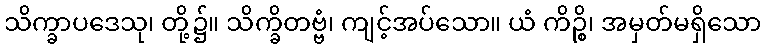
သိက္ခာပဒေသု၊ တို့၌။ သိက္ခိတဗ္ဗံ၊ ကျင့်အပ်သော။ ယံ ကိဉ္စိ၊ အမှတ်မရှိသော